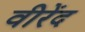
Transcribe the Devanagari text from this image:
वीरेंद